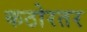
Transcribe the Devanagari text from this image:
कठोरतर